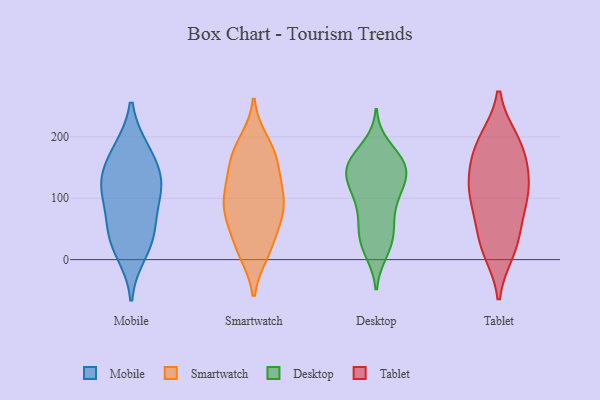
{"axis": {"x": "Energy Usage (MWh)", "y": "Value"}, "legend": ["Desktop", "Mobile", "Smartwatch", "Tablet"], "data": [{"x": "", "y": 176, "type": "Mobile"}, {"x": "", "y": 11, "type": "Mobile"}, {"x": "", "y": 113, "type": "Mobile"}, {"x": "", "y": 37, "type": "Mobile"}, {"x": "", "y": 131, "type": "Mobile"}, {"x": "", "y": 69, "type": "Mobile"}, {"x": "", "y": 116, "type": "Mobile"}, {"x": "", "y": 42, "type": "Mobile"}, {"x": "", "y": 178, "type": "Mobile"}, {"x": "", "y": 128, "type": "Mobile"}, {"x": "", "y": 66, "type": "Smartwatch"}, {"x": "", "y": 180, "type": "Smartwatch"}, {"x": "", "y": 17, "type": "Smartwatch"}, {"x": "", "y": 162, "type": "Smartwatch"}, {"x": "", "y": 148, "type": "Smartwatch"}, {"x": "", "y": 19, "type": "Smartwatch"}, {"x": "", "y": 169, "type": "Smartwatch"}, {"x": "", "y": 104, "type": "Smartwatch"}, {"x": "", "y": 12, "type": "Smartwatch"}, {"x": "", "y": 79, "type": "Smartwatch"}, {"x": "", "y": 64, "type": "Smartwatch"}, {"x": "", "y": 123, "type": "Smartwatch"}, {"x": "", "y": 191, "type": "Smartwatch"}, {"x": "", "y": 108, "type": "Smartwatch"}, {"x": "", "y": 73, "type": "Smartwatch"}, {"x": "", "y": 100, "type": "Smartwatch"}, {"x": "", "y": 155, "type": "Desktop"}, {"x": "", "y": 106, "type": "Desktop"}, {"x": "", "y": 63, "type": "Desktop"}, {"x": "", "y": 134, "type": "Desktop"}, {"x": "", "y": 158, "type": "Desktop"}, {"x": "", "y": 14, "type": "Desktop"}, {"x": "", "y": 161, "type": "Desktop"}, {"x": "", "y": 161, "type": "Desktop"}, {"x": "", "y": 147, "type": "Desktop"}, {"x": "", "y": 43, "type": "Desktop"}, {"x": "", "y": 51, "type": "Desktop"}, {"x": "", "y": 183, "type": "Desktop"}, {"x": "", "y": 80, "type": "Desktop"}, {"x": "", "y": 141, "type": "Desktop"}, {"x": "", "y": 118, "type": "Desktop"}, {"x": "", "y": 25, "type": "Desktop"}, {"x": "", "y": 111, "type": "Desktop"}, {"x": "", "y": 23, "type": "Desktop"}, {"x": "", "y": 153, "type": "Desktop"}, {"x": "", "y": 109, "type": "Desktop"}, {"x": "", "y": 102, "type": "Tablet"}, {"x": "", "y": 137, "type": "Tablet"}, {"x": "", "y": 15, "type": "Tablet"}, {"x": "", "y": 129, "type": "Tablet"}, {"x": "", "y": 31, "type": "Tablet"}, {"x": "", "y": 69, "type": "Tablet"}, {"x": "", "y": 98, "type": "Tablet"}, {"x": "", "y": 109, "type": "Tablet"}, {"x": "", "y": 24, "type": "Tablet"}, {"x": "", "y": 188, "type": "Tablet"}, {"x": "", "y": 160, "type": "Tablet"}, {"x": "", "y": 194, "type": "Tablet"}, {"x": "", "y": 189, "type": "Tablet"}]}